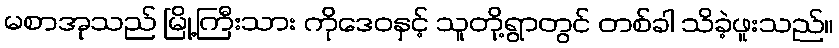
မစာအုသည် မြို့ကြီးသား ကိုဒေဝနှင့် သူတို့ရွာတွင် တစ်ခါ သိခဲ့ဖူးသည်။